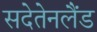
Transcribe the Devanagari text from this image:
सदेतेनलैंड